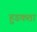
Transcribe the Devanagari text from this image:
हुडकता